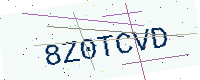
Text: 8Z0TCVD